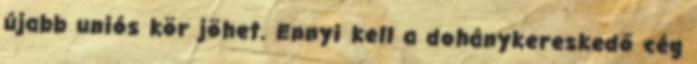
újabb uniós kör jöhet. Ennyi kell a dohánykereskedő cég